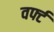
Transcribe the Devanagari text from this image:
वर्फ्ट